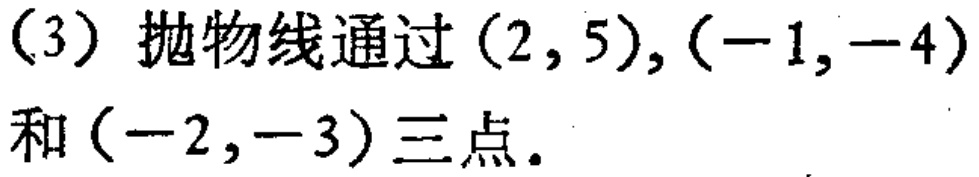
（3）抛物线通过\((2,5),(-1,-4)\)和\((-2,-3)\)三点。